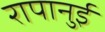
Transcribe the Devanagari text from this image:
रापानुई